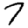
Digit: 7